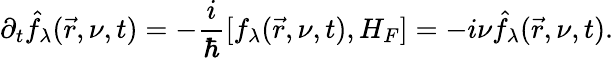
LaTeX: \partial_{t}\hat{f}_{\lambda}(\vec{r},\nu,t)=-\frac{i}{\hbar}[f_{\lambda}(\vec{r},\nu,t),H_{F}]=-i\nu\hat{f}_{\lambda}(\vec{r},\nu,t).